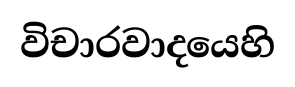
විචාරවාදයෙහි